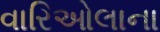
વારિઓલાના